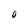
Character: O